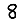
Digit: 8